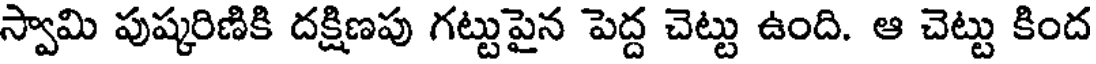
స్వామి పుష్కరిణికి దక్షిణపు గట్టుపైన పెద్ద చెట్టు ఉంది. ఆ చెట్టు కింద